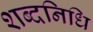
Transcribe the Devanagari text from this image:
शब्दनिधि